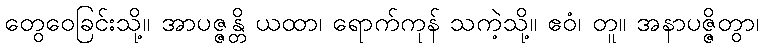
တွေဝေခြင်းသို့။ အာပဇ္ဇန္တိ ယထာ၊ ရောက်ကုန် သကဲ့သို့။ ဧဝံ၊ တူ။ အနာပဇ္ဇိတွာ၊